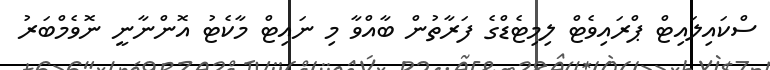
ސްކައިލައިޓް ޕްރައިވެޓް ލިމިޓެޑްގެ ފަރާތުން ބާއްވާ މި ނައިޓް މާކެޓު އޮންނާނީ ނޮވެމްބަރު